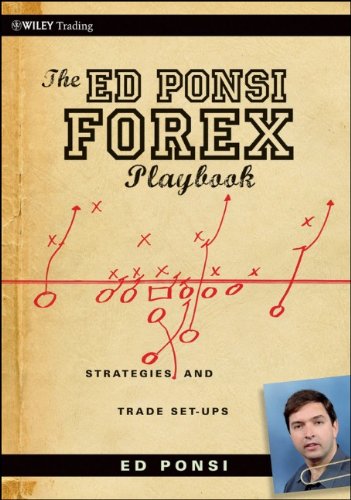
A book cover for The Ed Ponsi Forex Playbook: Strategies and Trade Set-Ups; Ed Ponsi; Business & Money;